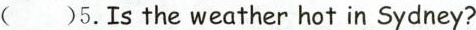
( )5.Is the weather hot in Sydney:?